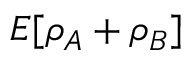
E [ \rho _ { A } + \rho _ { B } ]